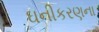
ઘનીકરણના